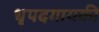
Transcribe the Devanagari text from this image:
धृपदगायकी